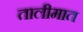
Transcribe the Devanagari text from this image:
तालीमात